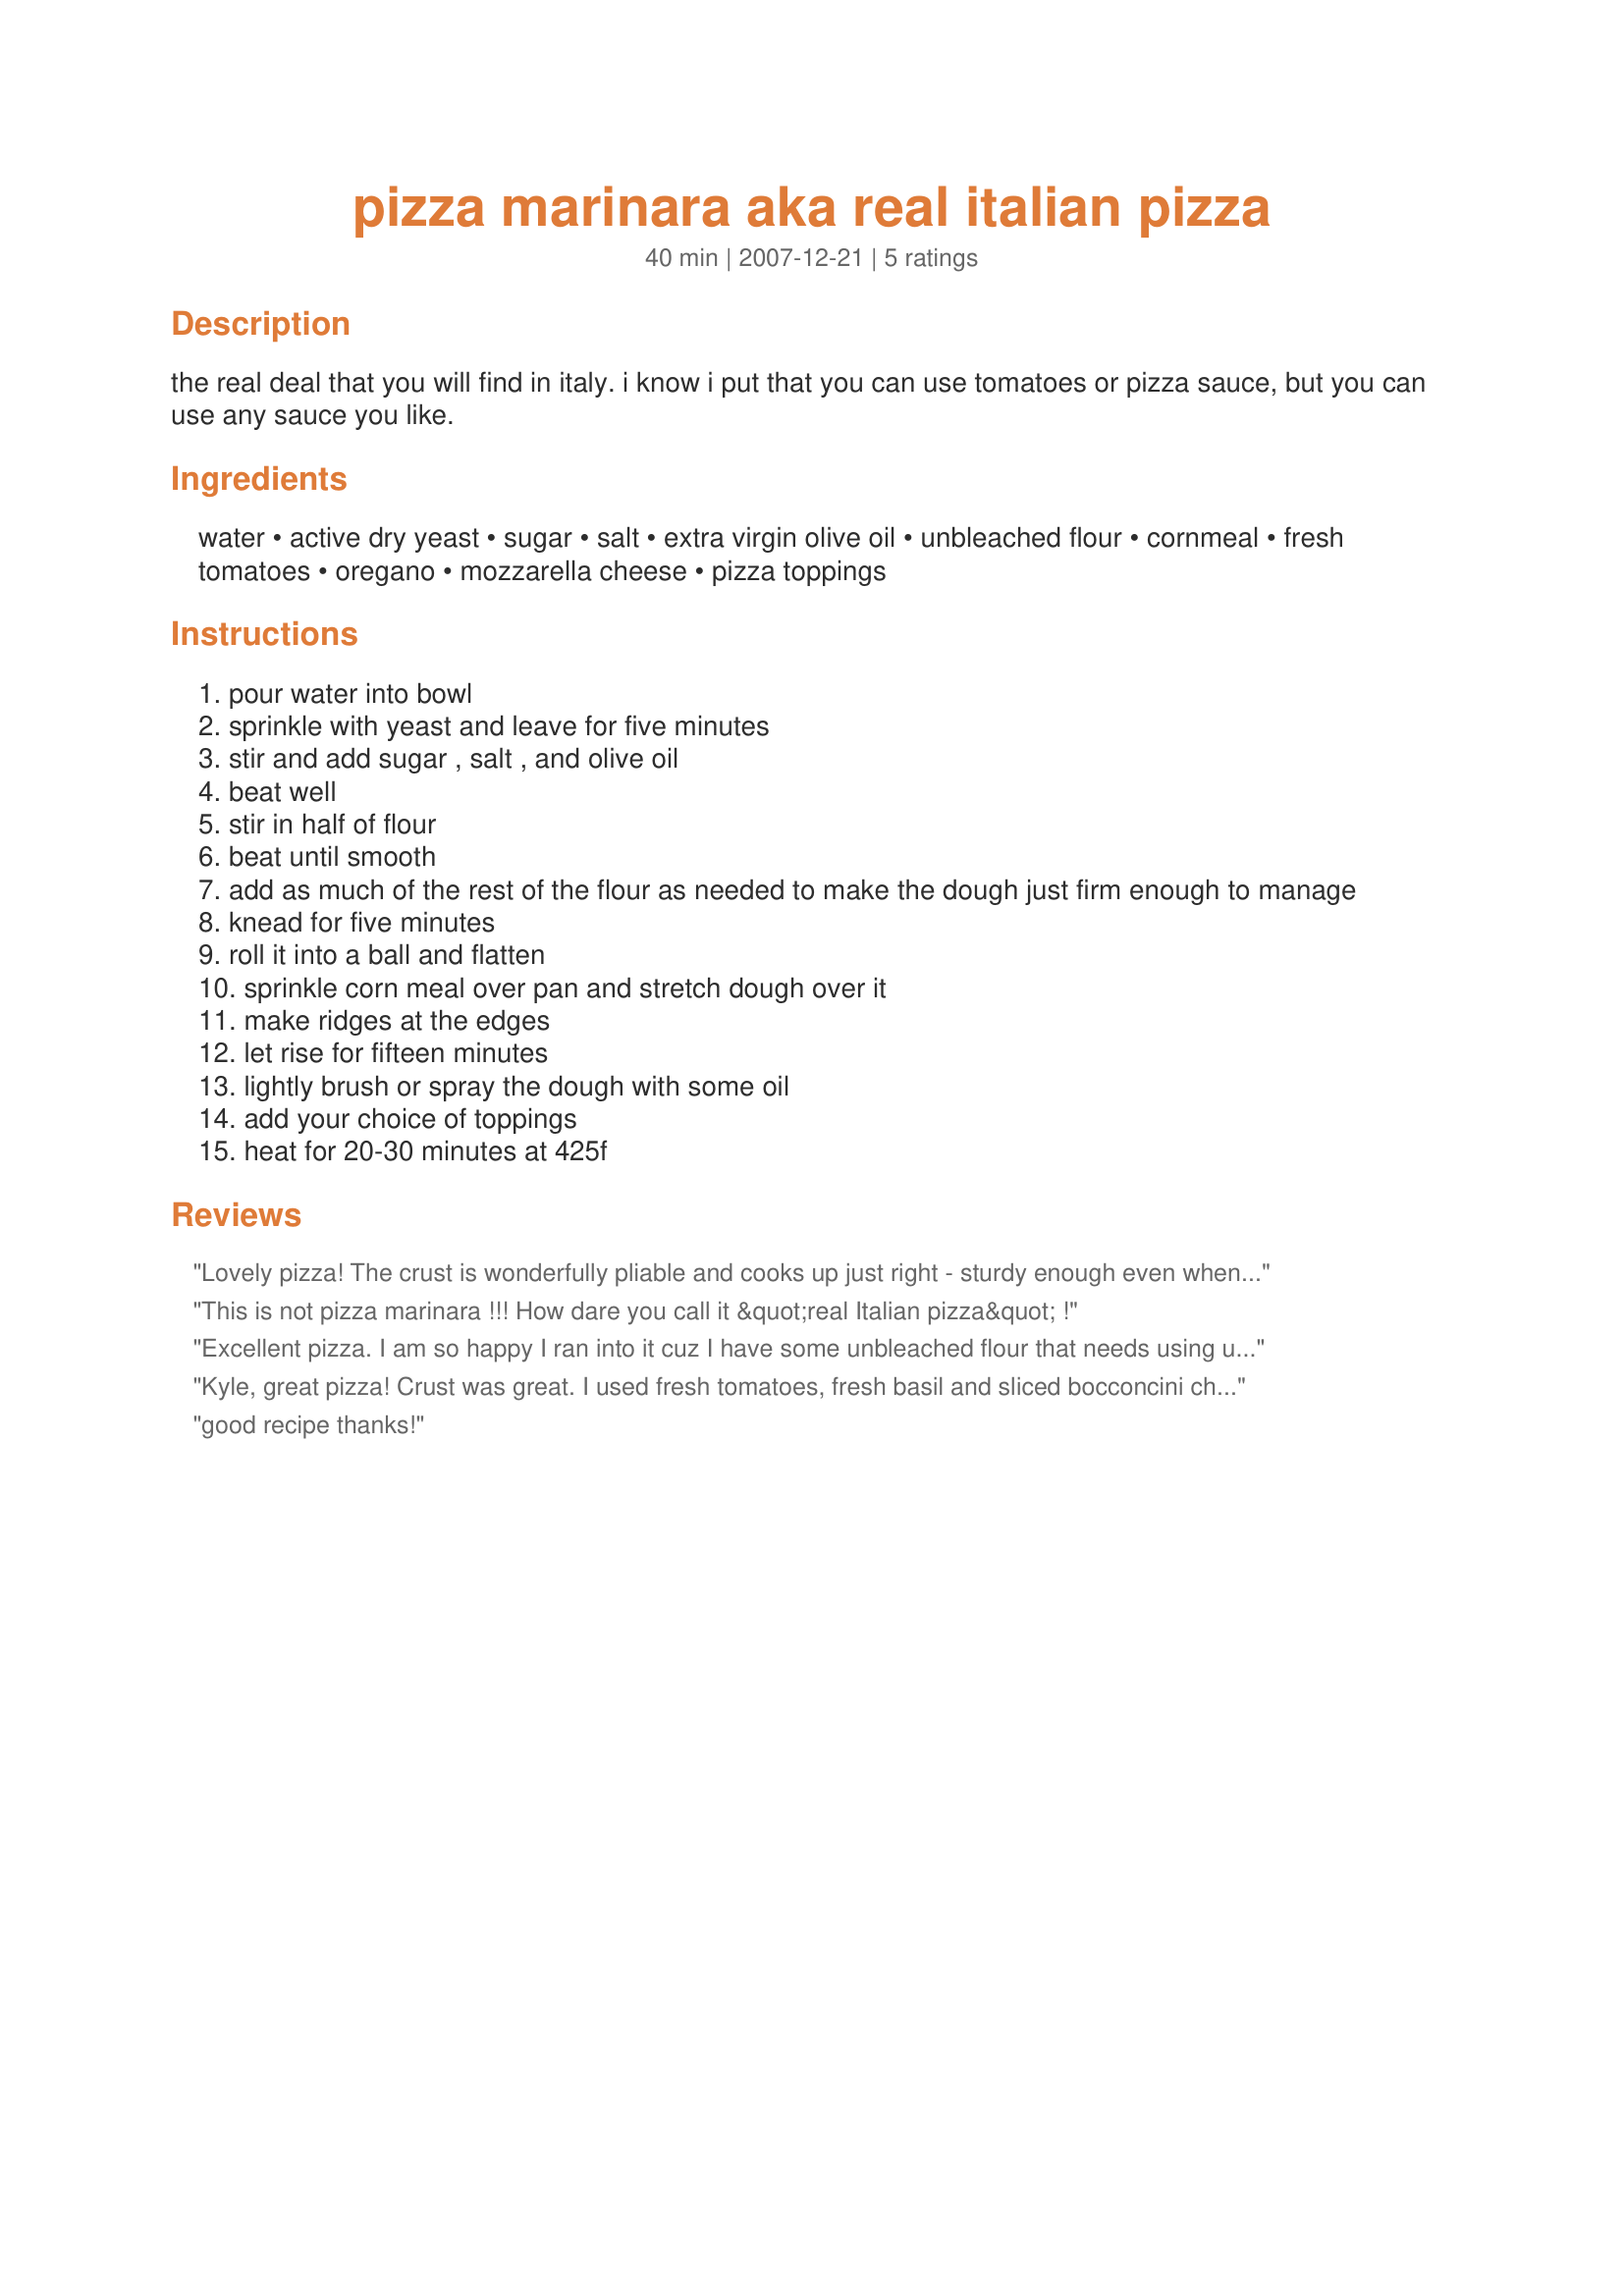
pizza marinara aka real italian pizza
Preparation time: 40 minutes

the real deal that you will find in italy. i know i put that you can use tomatoes or pizza sauce, but you can use any sauce you like.

Ingredients:
water, active dry yeast, sugar, salt, extra virgin olive oil, unbleached flour, cornmeal, fresh tomatoes, oregano, mozzarella cheese, pizza toppings

Steps:
pour water into bowl
sprinkle with yeast and leave for five minutes
stir and add sugar , salt , and olive oil
beat well
stir in half of flour
beat until smooth
add as much of the rest of the flour as needed to make the dough just firm enough to manage
knead for five minutes
roll it into a ball and flatten
sprinkle corn meal over pan and stretch dough over it
make ridges at the edges
let rise for fifteen minutes
lightly brush or spray the dough with some oil
add your choice of toppings
heat for 20-30 minutes at 425f

Reviews:
Lovely pizza! The crust is wonderfully pliable and cooks up just right - sturdy enough even when rolled out thin, with nice flavor. Thanks for sharing!
This is not pizza marinara !!! How dare you call it &quot;real Italian pizza&quot; !
Excellent pizza. I am so happy I ran into it cuz I have some unbleached flour that needs using up. This crust was so easy and my daughter had a blast making her own pizza. Thank you for posting and I will make again :)
Kyle, great pizza! Crust was great. I used fresh tomatoes, fresh basil and sliced bocconcini cheese (fresh mozza). Thank you ... will make again.
good recipe thanks!
